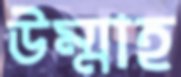
উম্মাহ